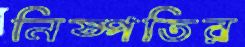
নিষ্পতির